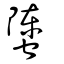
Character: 螴